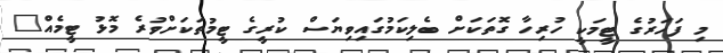
މި ފަހަރުގެ ޓީމަކީ ހުރިހާ ގޮތަކަށް ބެލިކަމުގައިވިޔަސް ކުރީގެ ޓީމުތަކަށްވުރެ މޮޅު ޓީމެއް"